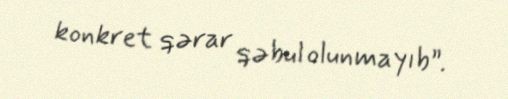
konkret qərar qəbul olunmayıb”.